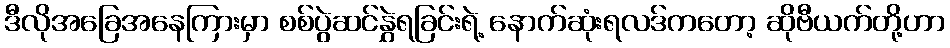
ဒီလိုအခြေအနေကြားမှာ စစ်ပွဲဆင်နွှဲရခြင်းရဲ့ နောက်ဆုံးရလဒ်ကတော့ ဆိုဗီယက်တို့ဟာ